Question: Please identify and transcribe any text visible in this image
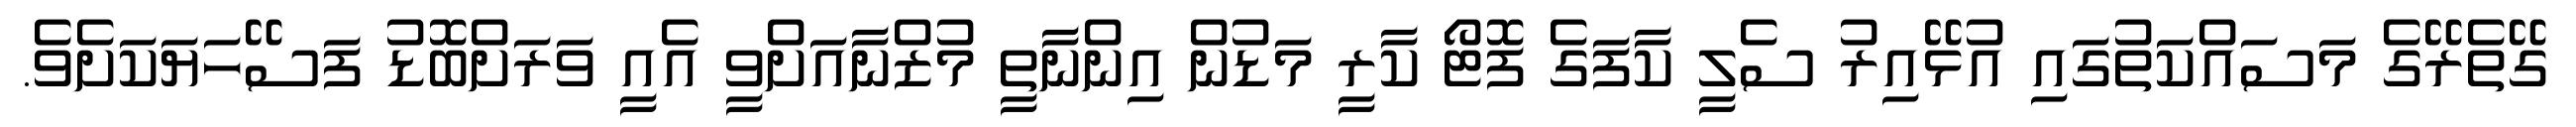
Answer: ގޭތެރޭގެ މަސައްކަތުގައި އުޅޭއިރު ސެލީ ކާފަގެ ފޮޓޯ ކާރީ މަޑުން އިންނާތީ މުޒްނާއަށްވީ އެއީ ވަރަށްބޮޑު ފަސޭހަޔަކަށެވެ.